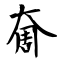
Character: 奝